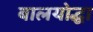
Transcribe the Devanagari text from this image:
बालयोद्धा